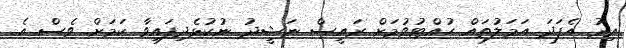
އިރު އެފަދަ އަމަލުތައް ހުއްޓުވުމަށް ރައީސް ނަޝީދު ނުކުޅެދިފައިވާ ކަމަށް ވެސް އެ